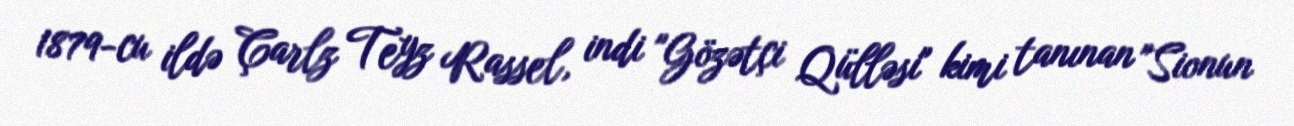
1879-cu ildə Çarlz Teyz Rassel, indi "Gözətçi Qülləsi" kimi tanınan "Sionun